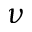
\nu